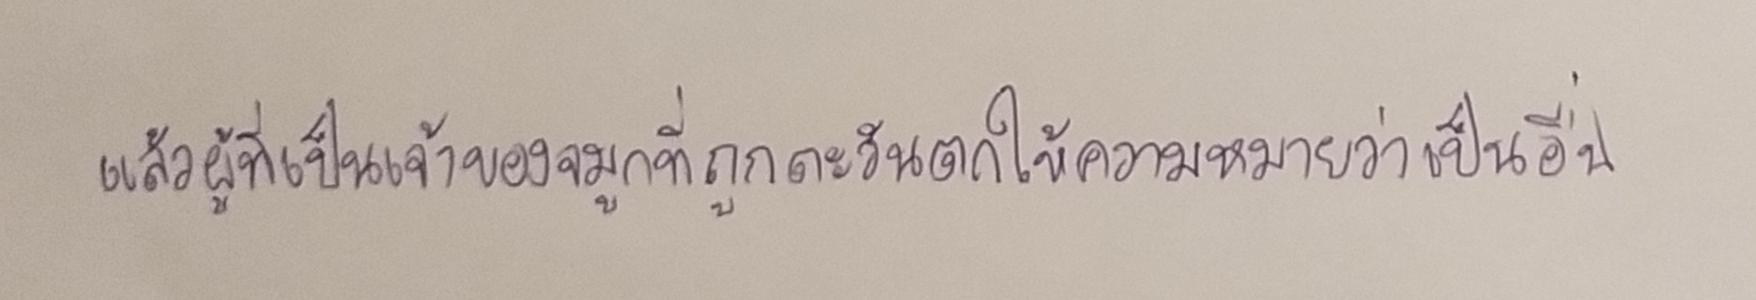
แล้วผู้ที่เป็นเจ้าของจมูกที่ถูกตะวันตกให้ความหมายว่าเป็นอื่น